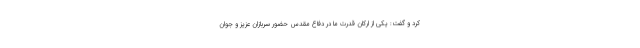
کرد و گفت: یکی از ارکان قدرت ما در دفاع مقدس حضور سربازان عزیز و جوان